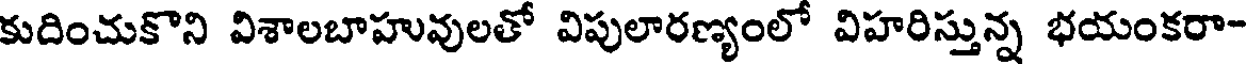
కుదించుకొని విశాలబాహువులతో విపులారణ్యంలో విహరిస్తున్న భయంకరా-